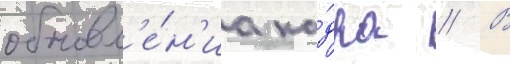
обновл'е́н'иа ка́дра // В